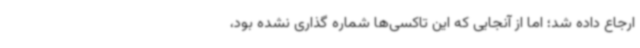
ارجاع داده شد؛ اما از آنجایی که این تاکسی‌ها شماره گذاری نشده بود،